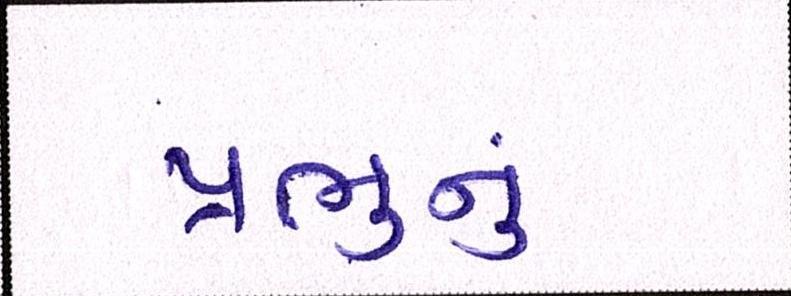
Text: પ્રભુનું